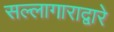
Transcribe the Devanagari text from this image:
सल्लागाराद्वारे